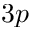
3 p